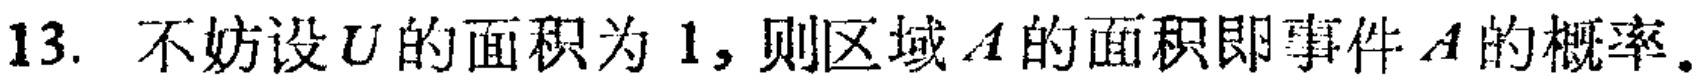
13. 不妨设\(U\)的面积为\(1\)，则区域\(A\)的面积即事件\(A\)的概率。